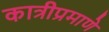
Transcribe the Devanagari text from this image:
कात्रीप्रमाणे